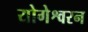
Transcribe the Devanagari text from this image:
योगेश्वरन